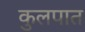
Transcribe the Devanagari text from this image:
कुलपात